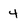
Character: 4